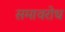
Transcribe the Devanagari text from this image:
समावरोध